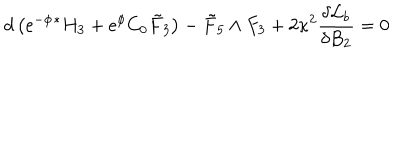
d \left( \mathrm { e } ^ { - \phi } { } ^ { * } H _ { 3 } + \mathrm { e } ^ { \phi } C _ { 0 } { \tilde { F } } _ { 3 } \right) - { \tilde { F } } _ { 5 } \wedge F _ { 3 } + 2 \kappa ^ { 2 } \frac { \delta { \cal { L } } _ { b } } { \delta B _ { 2 } } = 0